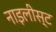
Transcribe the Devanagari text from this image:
नाइलीस्ट